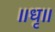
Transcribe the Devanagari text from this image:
॥धृ॥